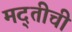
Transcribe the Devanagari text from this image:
मद्तीची